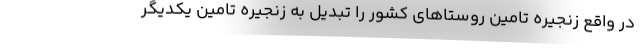
در واقع زنجیره تامین روستاهای کشور را تبدیل به زنجیره تامین یکدیگر